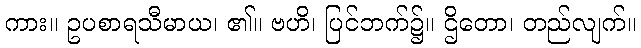
ကား။ ဥပစာရသီမာယ၊ ၏။ ဗဟိ၊ ပြင်ဘက်၌။ ဌိတော၊ တည်လျက်။